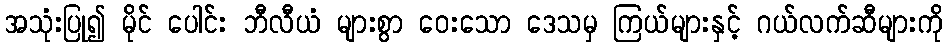
အသုံးပြု၍ မိုင် ပေါင်း ဘီလီယံ များစွာ ဝေးသော ဒေသမှ ကြယ်များနှင့် ဂယ်လက်ဆီများကို